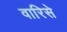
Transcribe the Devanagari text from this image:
वारिसे